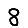
Digit: 8